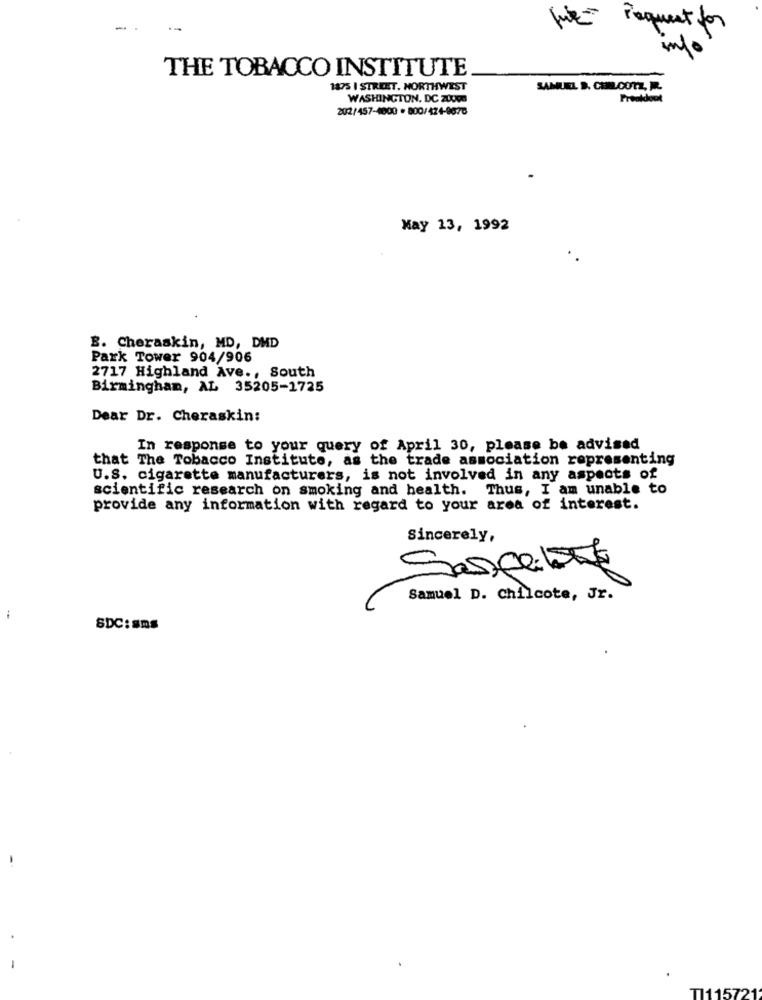
-
request for
THE TOBACCO INSTITUTE
1875 I STREET. NORTHWEST
SAMUEL S. CHR.COTZ, R.
WASHINGTON, DC 20000
Preokdout
202/457-4000 . 800/424-8678
Kay 13, 1992
B. Cheraskin, MD, DMD
Park Tower 904/906
2717 Highland Ave ., South
Birmingham, AL 35205-1725
Dear Dr. Cheraskin:
In response to your query of April 30, please be advised
that The Tobacco Institute, as the trade association representing
U.S. cigarette manufacturers, is not involved in any aspects of
scientific research on smoking and health. Thus, I am unable to
provide any information with regard to your area of interest.
Sincerely,
Saspelats
Samuel D. Chilcote, Jr.
-
SDC: sms
T11157